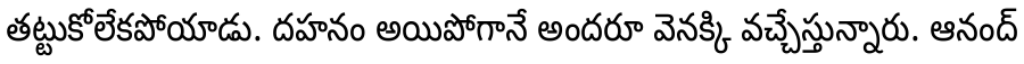
తట్టుకోలేకపోయాడు. దహనం అయిపోగానే అందరూ వెనక్కి వచ్చేస్తున్నారు. ఆనంద్